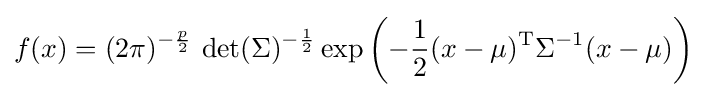
f(x)=(2\pi )^{-{\frac {p}{2}}}\,\det(\Sigma )^{-{\frac {1}{2}}}\exp \left(-{1 \over 2}(x-\mu )^{\mathrm {T} }\Sigma ^{-1}(x-\mu )\right)